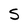
Character: S